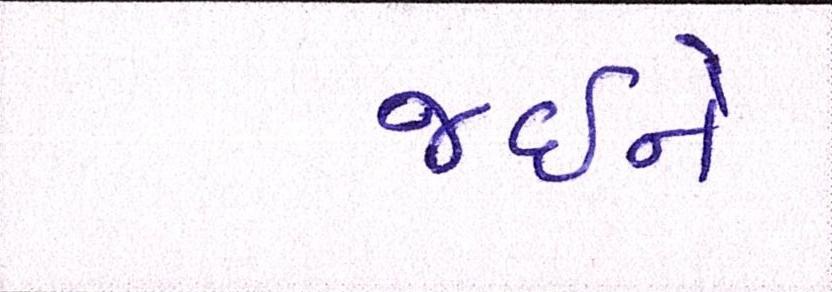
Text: જઈને